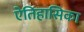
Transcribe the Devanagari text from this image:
ऐतिहासिका